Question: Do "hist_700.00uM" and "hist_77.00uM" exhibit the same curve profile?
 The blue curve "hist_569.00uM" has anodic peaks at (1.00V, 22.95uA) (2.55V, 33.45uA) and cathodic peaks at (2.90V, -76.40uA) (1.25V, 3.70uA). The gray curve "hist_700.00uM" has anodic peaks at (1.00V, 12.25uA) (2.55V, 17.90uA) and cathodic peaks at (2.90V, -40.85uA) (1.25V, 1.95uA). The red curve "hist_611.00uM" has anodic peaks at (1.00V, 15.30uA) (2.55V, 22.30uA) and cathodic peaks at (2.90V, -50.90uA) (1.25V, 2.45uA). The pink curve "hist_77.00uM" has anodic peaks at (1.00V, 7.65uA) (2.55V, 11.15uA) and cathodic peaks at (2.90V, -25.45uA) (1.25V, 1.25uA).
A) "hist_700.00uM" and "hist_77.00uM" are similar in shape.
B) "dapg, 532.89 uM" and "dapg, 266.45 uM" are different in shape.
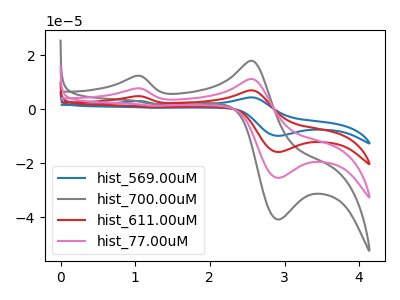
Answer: <think>All the peaks in "hist_700.00uM" have a peak in "hist_77.00uM" at the same potential.
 </think>
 <answer>A) "hist_700.00uM" and "hist_77.00uM" are similar in shape.</answer>
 <eval>A</eval>